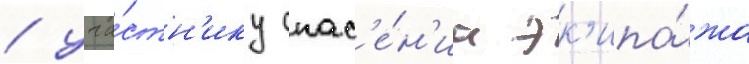
/ уча́стн'ику спас'е́н'иа эк'ипа́жа